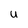
Character: U